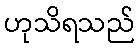
ဟုသိရသည်